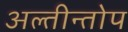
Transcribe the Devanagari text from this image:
अल्तीन्तोप